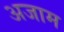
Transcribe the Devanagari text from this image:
अजाम